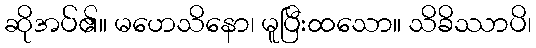
ဆိုအပ်၏။ မဟေသိနော၊ မူပြီးထသော။ သိခိဿာပိ၊